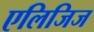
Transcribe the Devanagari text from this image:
एलिजिज